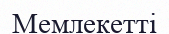
Мемлекетті